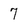
Character: 7